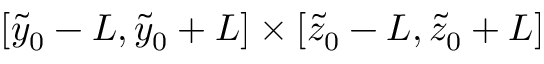
[ \Tilde { y } _ { 0 } - L , \Tilde { y } _ { 0 } + L ] \times [ \Tilde { z } _ { 0 } - L , \Tilde { z } _ { 0 } + L ]